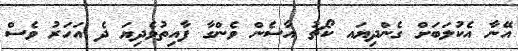
އޭނާ އެކުލަބަށް ގެންދިޔައ ކޯޗު އާސެން ވެންގާ ފާއިތުވެދިޔަ ދެ އަހަރު ވެސް